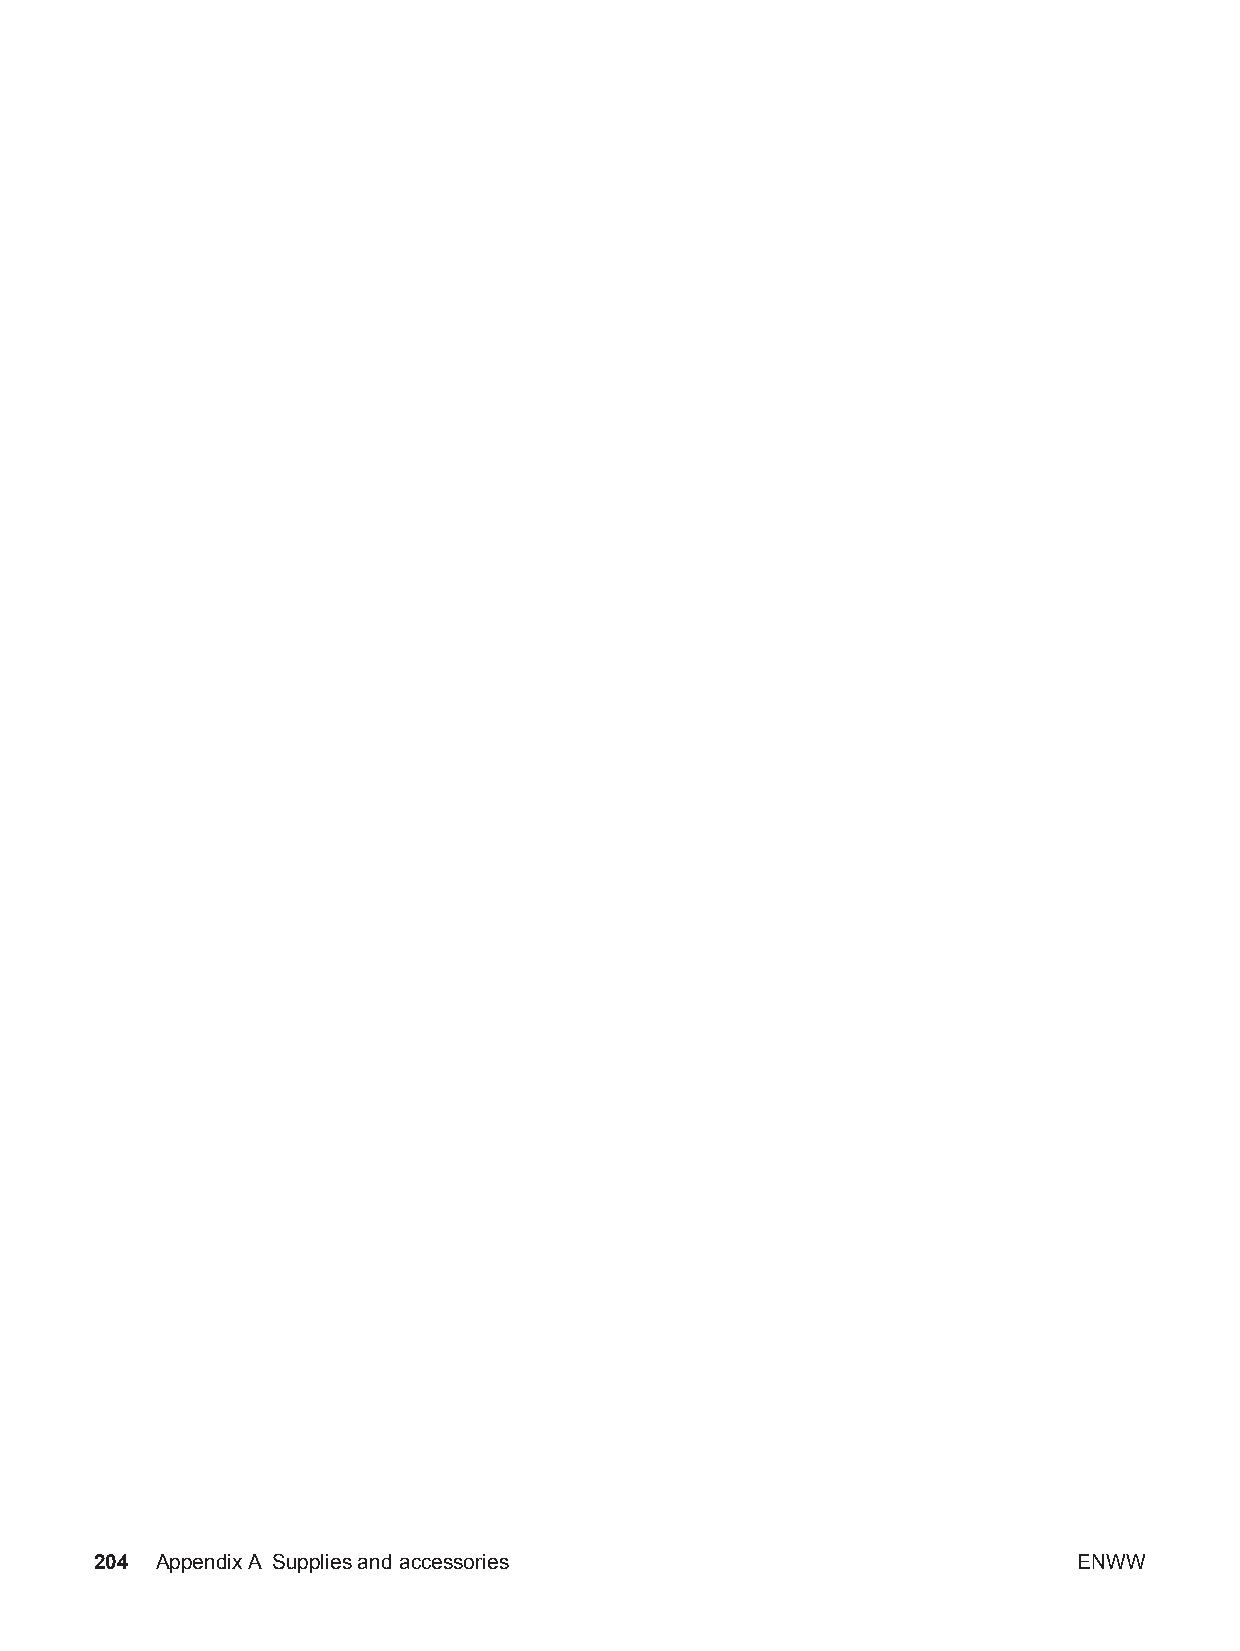
204 AppendixA Supplies and accessories                           ENWW